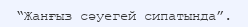
“Жанғыз сәуегей сипатында”.